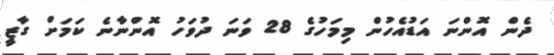
ދެން އޮންނަ އަޑުއެހުން މިމަހުގެ 28 ވަނަ ދުވަހު އޮންނާނެ ކަމަށް ގާޒީ